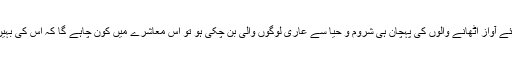
ایسے میں جب عورتوں کے حقوق کے لئے آواز اٹھانے والوں کی پہچان ہی شروم و حیا سے عاری لوگوں والی بن چکی ہو تو اس معاشرے میں کون چاہے گا کہ اس کی بہین بیٹی ایسی کسی تحریک کا حصہ بنے؟